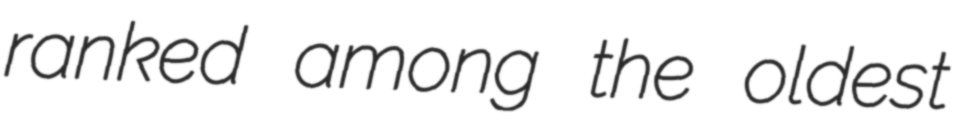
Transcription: ranked among the oldest